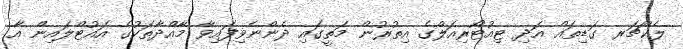
ލެކްޗަރ ގަޑިތައް އަދި ޓިއުޓޯރިއަލްގެ އިތުރުން މަތީގައި ދެންނެވިފައިވާ މާއްދާތަކުގެ އައުޓްލައިން އާ